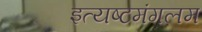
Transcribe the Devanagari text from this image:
इत्यष्टमंगलम